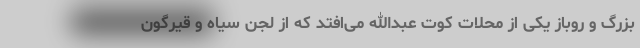
بزرگ و روباز یکی از محلات کوت عبدالله می‌افتد که از لجن سیاه و قیرگون